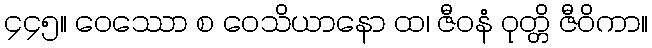
၄၄၅။ ဝေဿော စ ဝေသိယာနော ထ၊ ဇီဝနံ ဝုတ္တိ ဇီဝိကာ။